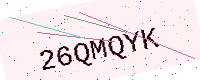
Text: 26QMQYK